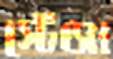
স্টেঞ্জা